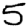
Digit: 5